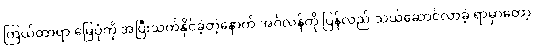
ကြယ်တာရာ မြေပုံကို အပြီးသတ်နိုင်ခဲ့တဲ့နောက် အင်္ဂလန်ကို ပြန်လည် သယ်ဆောင်လာခဲ့ ရာမှာတော့